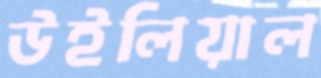
উইলিয়াল